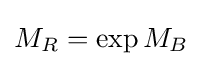
M_{R}=\exp {M_{B}}